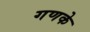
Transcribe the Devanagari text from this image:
गणके